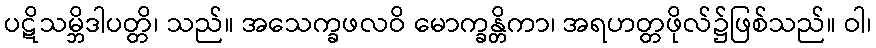
ပဋိသမ္ဘိဒါပတ္တိ၊ သည်။ အသေက္ခဖလဝိ မောက္ခန္တိကာ၊ အရဟတ္တဖိုလ်၌ဖြစ်သည်။ ဝါ၊